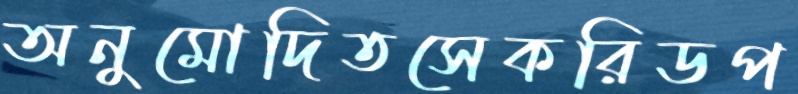
অনুমোদিতসেকরিডপ